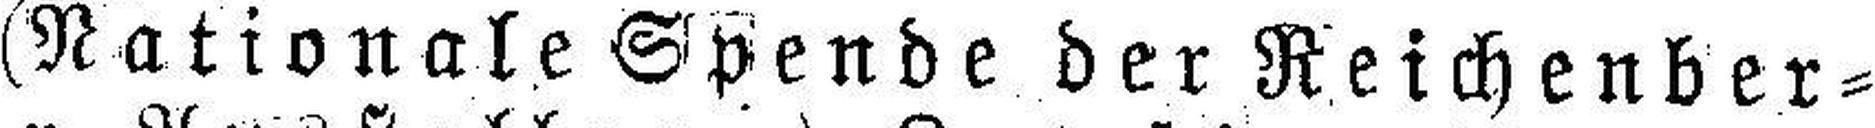
(Nationale Spende der Reichenber¬